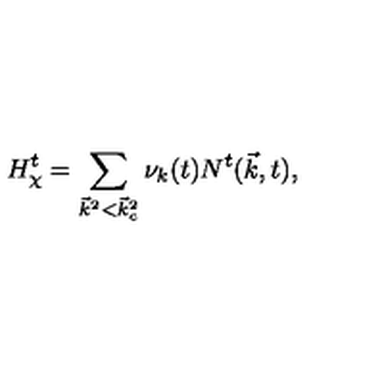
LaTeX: H _ { \chi } ^ { t } = \sum _ { { \vec { k } } ^ { 2 } < { \vec { k } } _ { c } ^ { 2 } } { \nu } _ { k } ( t ) N ^ { t } ( { \vec { k } } , t ) ,